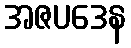
အဇပဒေန